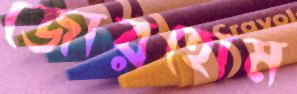
জোরহোম